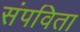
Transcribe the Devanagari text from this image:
संपविता